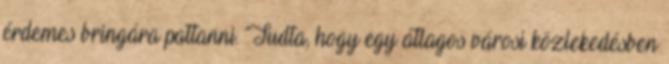
érdemes bringára pattanni. Tudta, hogy egy átlagos városi közlekedésben